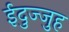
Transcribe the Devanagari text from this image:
ईदुज्जुह